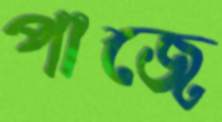
পাজে